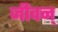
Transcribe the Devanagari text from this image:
जीवन्